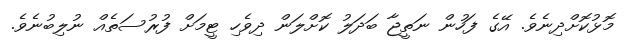
މޮޅުކޮށްދިނެވެ. އޭގެ ފަހުން ނަތީޖާ ބަދަލު ކޮށްލަން ދިވެހި ޓީމަށް ފުރުސަތެއް ނުލިބުނެވެ.